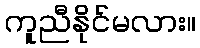
ကူညီနိုင်မလား။